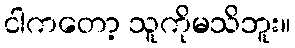
ငါကတော့ သူကိုမသိဘူး။